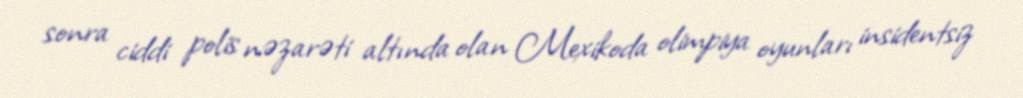
sonra ciddi polis nəzarəti altında olan Mexikoda olimpiya oyunları insidentsiz